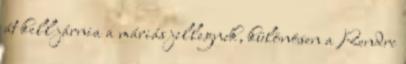
át kell járnia a máriás jellegnek, különösen a Rendre